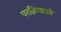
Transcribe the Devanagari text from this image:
परक्रियाओं